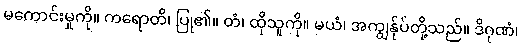
မကောင်းမှုကို။ ကရောတိ၊ ပြု၏။ တံ၊ ထိုသူကို။ မယံ၊ အကျွန်ုပ်တို့သည်။ ဒိဂုဏံ၊